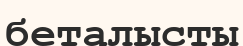
беталысты